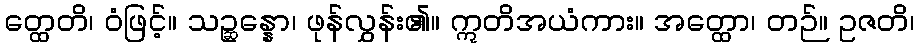
တ္ထေတိ၊ ဝံဖြင့်။ သဉ္ဆန္နော၊ ဖုန်လွှန်း၏။ ဣတိအယံကား။ အတ္ထော၊ တဉ်။ ဥဇတိ၊